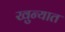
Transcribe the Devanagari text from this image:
खुन्यात